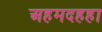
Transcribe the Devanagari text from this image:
अहमदहहा